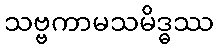
သဗ္ဗကာမသမိဒ္ဓဿ